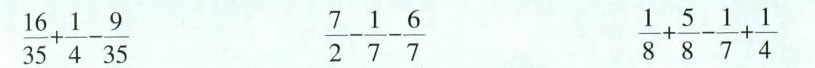
$$\frac { 1 6 } { 3 5 } + \frac { 1 } { 4 } - \frac { 9 } { 3 5 } $$ $$\frac { 7 } { 2 } + \frac { 1 } { 7 } - \frac { 6 } { 7 } $$ $$ \frac { 1 } { 8 } + \frac { 5 } { 8 } - \frac { 1 } { 7 } + \frac { 1 } { 4 }$$